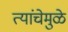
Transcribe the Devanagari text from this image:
त्यांचेमुळे